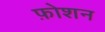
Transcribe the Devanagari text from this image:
फ़ोशन